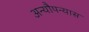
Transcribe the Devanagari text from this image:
अन्यौपन्यास